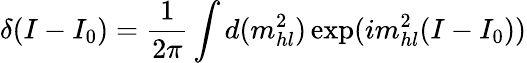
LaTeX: \delta(I-I_{0})=\frac{1}{2\pi}\int d(m_{hl}^{2})\exp(im_{hl}^{2}(I-I_{0}))